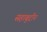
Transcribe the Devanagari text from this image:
सहाबुद्दीन